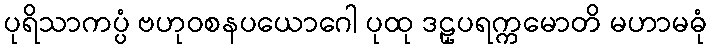
ပုရိသာကပ္ပံ ဗဟုဝစနပယောဂေါ ပုထု ဒဠှပရက္ကမောတိ မဟာမဓုံ